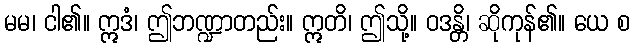
မမ၊ ငါ၏။ ဣဒံ၊ ဤဘဏ္ဍာတည်း။ ဣတိ၊ ဤသို့။ ဝဒန္တိ၊ ဆိုကုန်၏။ ယေ စ